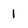
Character: 1